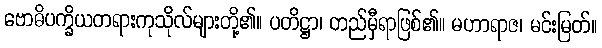
ဗောဓိပက္ခိယတရားကုသိုလ်များတို့၏။ ပတိဋ္ဌာ၊ တည်မှီရာဖြစ်၏။ မဟာရာဇ၊ မင်းမြတ်။